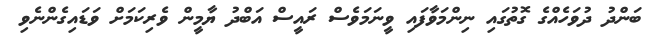
ބަންދު ދުވަހެއްގެ ގޮތުގައި ނިންމަވާފައި ވީނަމަވެސް ރައީސް އަބްދު ޔާމީން ވެރިކަމަށް ވަޑައިގެންނެވި